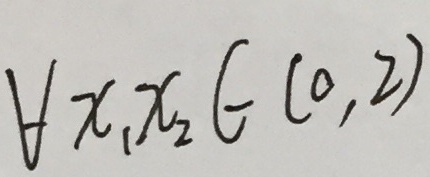
\forall x _ { 1 } x _ { 2 } \in ( 0 , 2 )